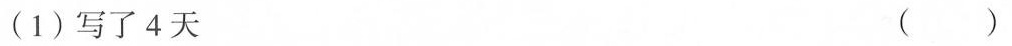
(1)写了4天 ( )